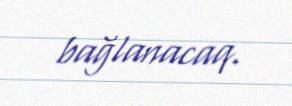
bağlanacaq.